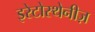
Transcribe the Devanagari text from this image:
इरेटोस्थेनीज़